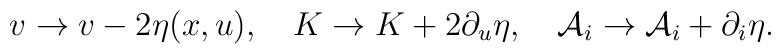
v\to v-2\eta(x,u),\ \ \ K\to K+2\partial_u\eta,\ \ \ {\cal A}_i\to {\cal A}_i+\partial_i\eta.